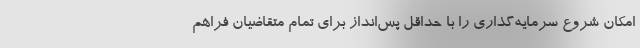
امکان شروع سرمایه‌گذاری را با حداقل پس‌انداز برای تمام متقاضیان فراهم